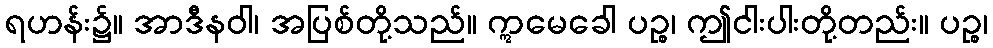
ရဟန်း၌။ အာဒီနဝါ၊ အပြစ်တို့သည်။ ဣမေခေါ ပဉ္စ၊ ဤငါးပါးတို့တည်း။ ပဉ္စ၊